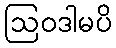
ဩဝဒါမပိ